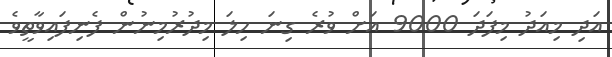
އަދި މިއަދު މިފަދަ 9000 އަށް ވުރެ ގިނަ ހިލަ މިދުރުމިނުން ފެނިފައިވާތީވެ